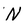
Character: N